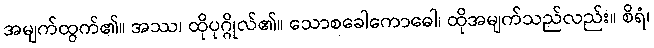
အမျက်ထွက်၏။ အဿ၊ ထိုပုဂ္ဂိုလ်၏။ သောစခေါကောဓေါ၊ ထိုအမျက်သည်လည်း။ စိရံ၊